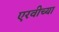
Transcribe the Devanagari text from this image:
एरवीच्या